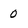
Character: 0